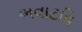
ભવાટવિ